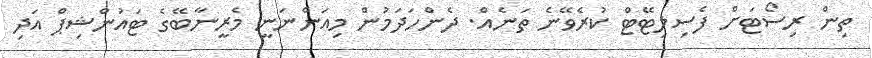
ތިން ރިސޯޓަށް ފެސިލިޓޭޓް ކުރެވޭނެ ތަނެއް. ދެންހަދަމުން މިއަންނަނީ މެރީނާބޭގެ ޓައުންޝިޕް އަދި